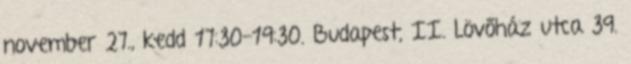
november 27., kedd 17:30-19:30. Budapest, II. Lövőház utca 39.